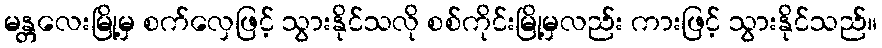
မန္တလေးမြို့မှ စက်လှေဖြင့် သွားနိုင်သလို စစ်ကိုင်းမြို့မှလည်း ကားဖြင့် သွားနိုင်သည်။